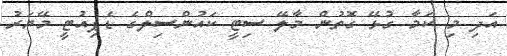
އަދި މި ކަމާ ގުޅޭ ގޮތުން މާލޭ ސިޓީ ކައުންސިލްގެ ޑެޕިއުޓީ މޭޔަރު